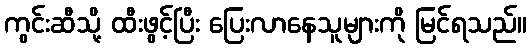
ကွင်းဆီသို့ ထီးဖွင့်ပြီး ပြေးလာနေသူများကို မြင်ရသည်။